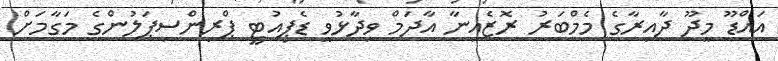
އައްޑޫ މީދޫ ދާއިރާގެ މެމްބަރު ރޮޒެއިނާ އާދަމް ވިދާޅުވީ ޑެޕިއުޓީ ޕްރިންސިޕަލުންގެ މަގާމަށް